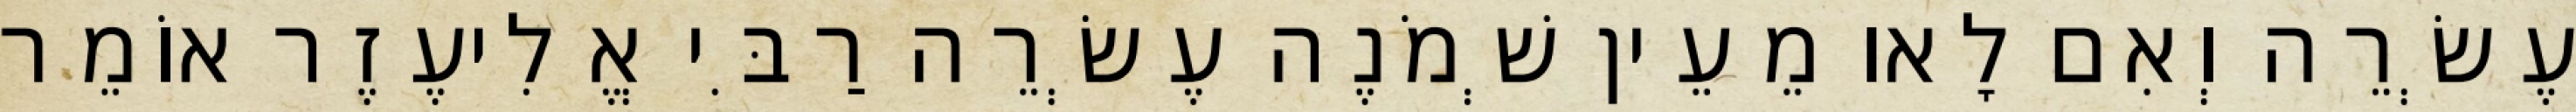
עֶשְׂרֵה וְאִם לָאו מֵעֵין שְׁמֹנֶה עֶשְׂרֵה רַבִּי אֱלִיעֶזֶר אוֹמֵר